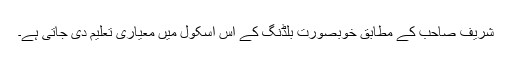
شریف صاحب کے مطابق خوبصورت بلڈنگ کے اس اسکول میں معیاری تعلیم دی جاتی ہے۔